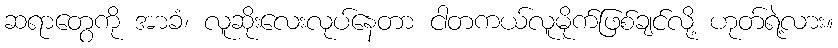
ဆရာတွေကို အာခံ၊ လူဆိုးလေးလုပ်နေတာ ငါတကယ်လူမိုက်ဖြစ်ချင်လို့ ဟုတ်ရဲ့လား။